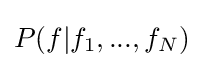
P(f|f_{1},...,f_{N})